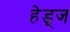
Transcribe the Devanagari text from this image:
हेड्ज